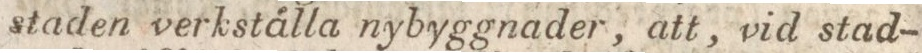
staden verkställa nybyggnader, att, vid stad-